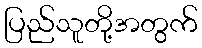
ပြည်သူတို့အတွက်